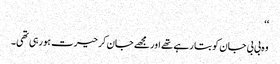
‘‘
وہ بی بی جان کو بتا رہے تھے اور مجھے جان کر حیرت ہو رہی تھی۔